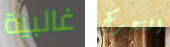
غالبية التحرك